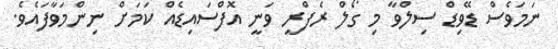
ނަމަވެސް ޑޭވިޑް ސިލްވާ މި ގޯލް ރެފްރީ ވަނީ އޮފްސައިޑެއް ކަމަށް ނިންމަވާފައެވެ.